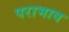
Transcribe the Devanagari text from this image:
पराभाव